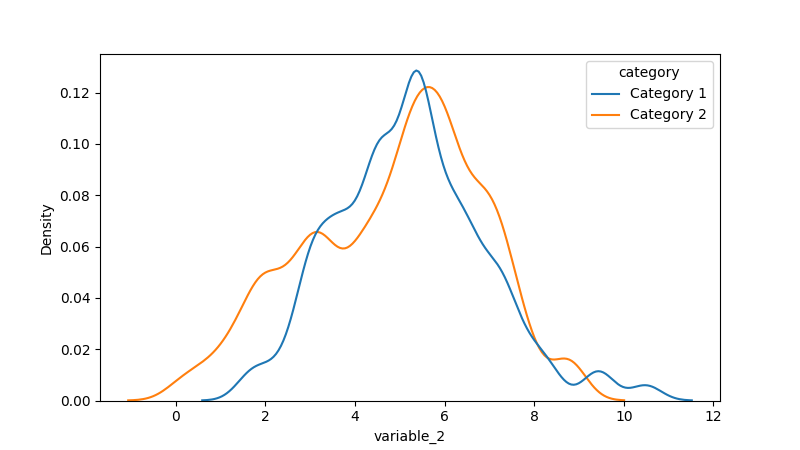
python, seaborn, kdeplot, hue='category', fill=False, bw_adjust=0.5